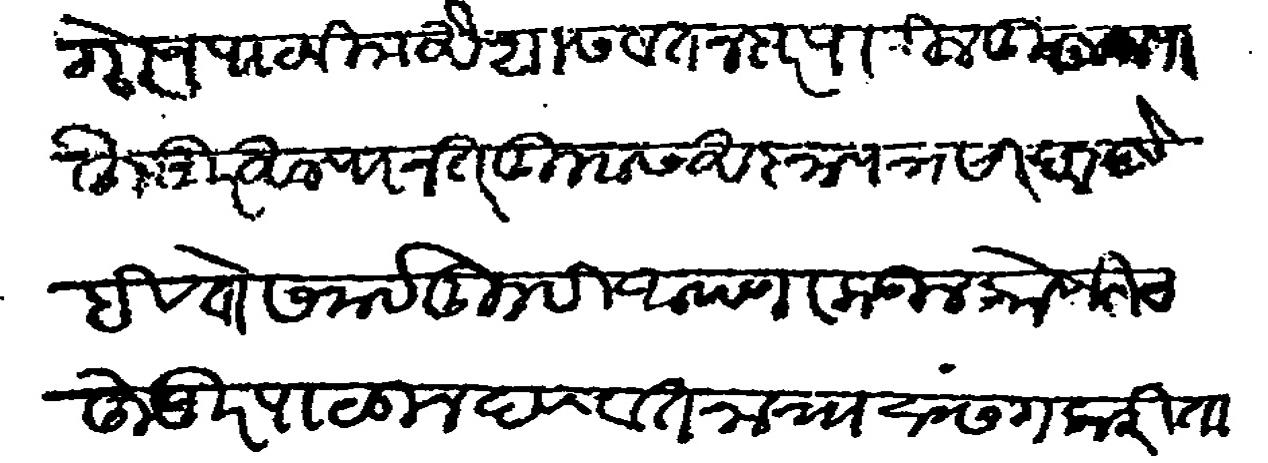
Transliteration (Devanagari): सांगोन पाठवीला औशास वतनदार पाटील कुलकर्णी हुजुर आल्यानंतर तुम्हास आज्ञापत्र सादर होईल ते समई तुम्ही आपणा कडील कोणी तरी हुजुर पाठवून देणे वतनाचा प्रसंग करिता